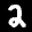
Digit: 2